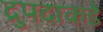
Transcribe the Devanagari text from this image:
द्रुपदाकडे